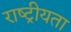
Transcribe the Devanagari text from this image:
राष्‍ट्रीयता